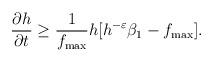
LaTeX: \begin{align*}\frac{\partial h}{\partial t}\geq \frac{1}{f_{\max}}h[h^{-\varepsilon}\beta_{1}-f_{\max}].\end{align*}